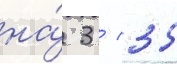
на́ 3 / 35